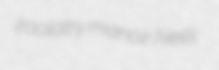
zoolatry manoir Neils